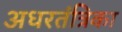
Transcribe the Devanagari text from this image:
अधरतंत्रिका